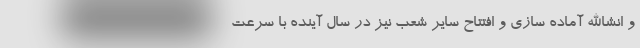
و انشاالله آماده سازی و افتتاح سایر شعب نیز در سال آینده با سرعت